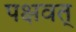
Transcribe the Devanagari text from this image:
पक्षवत्